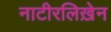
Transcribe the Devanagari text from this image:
नाटीरलिख़ेन